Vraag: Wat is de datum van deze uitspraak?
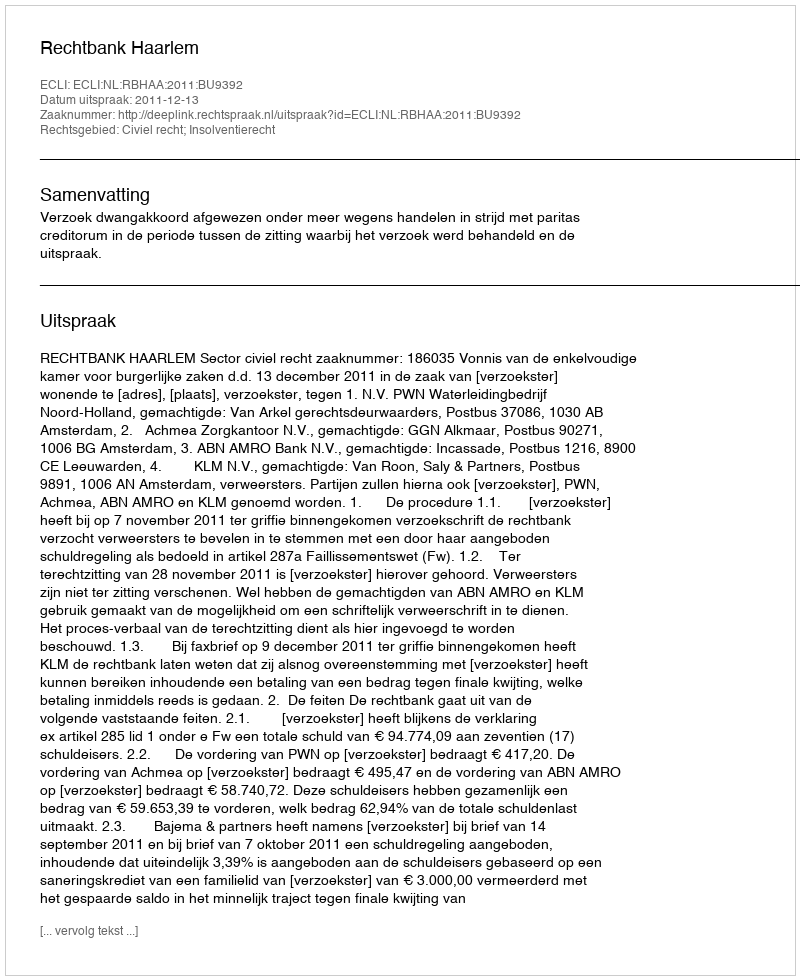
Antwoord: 2011-12-13